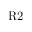
\mathrm { R 2 }